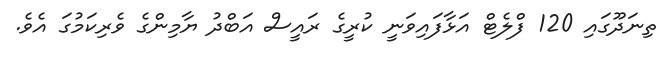
ތިނަދޫގައި 120 ފްލެޓް އަޅާފައިވަނީ ކުރީގެ ރައީސް އަބްދު ޔާމިންގެ ވެރިކަމުގަ އެވެ.